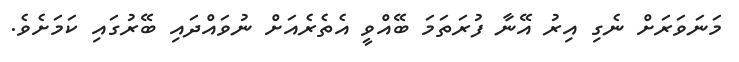
މަނަވަރަށް ނެގި އިރު އޭނާ ފުރަަތަމަ ބޭއްވީ އެތެރެއަށް ނުވައްދައި ބޭރުގައި ކަމަށެެވެ.